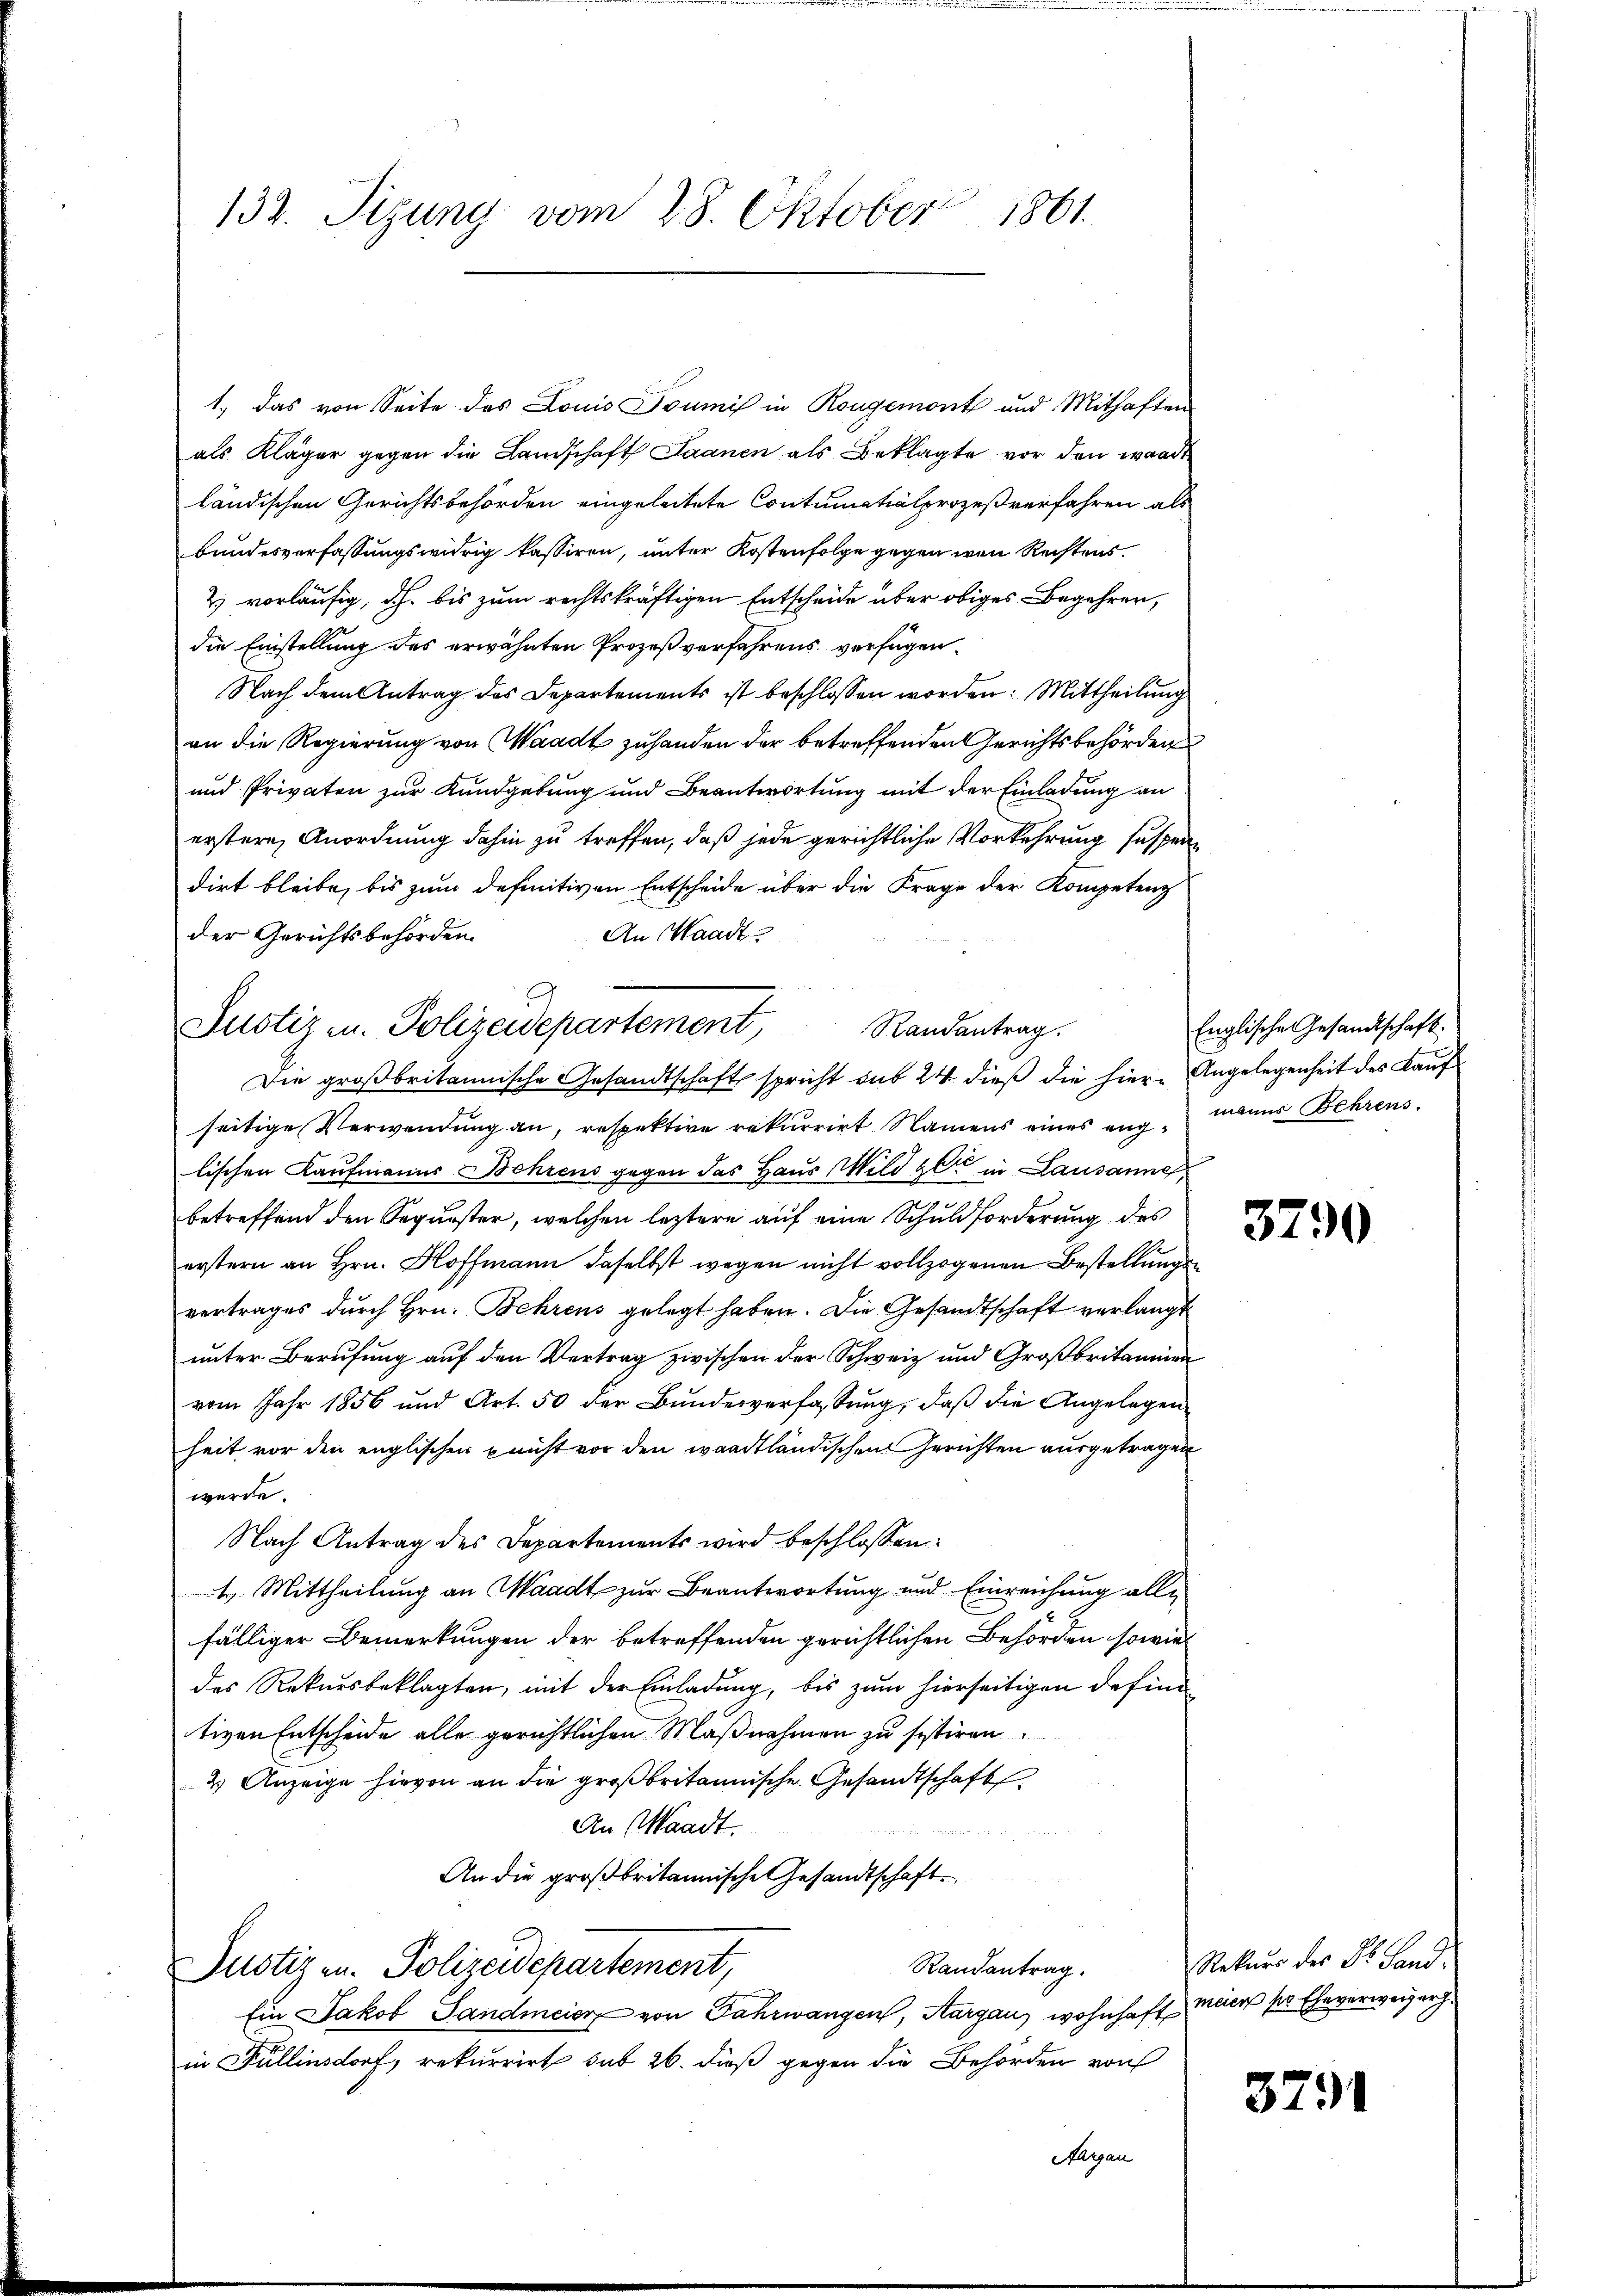
132. Sizung vom 28. Oktober 1861.

1.) Das von Seite des Louis Boumis in Rougemont und Mithaften
als Kläger gegen die Landschaft Saanen als Beklagte vor den waadt
ländischen Gerichtsbehörden eingeleitete Contumatialprozeßverfahren als
bundesverfassungswidrig kassiren, unter Kostenfolge gegen wenn Rechtens
2) vorläufig, dh. bis zum rechtskräftigen Entscheide über obiges Begehren,
die Einstellung des erwähnten Prozeßverfahrens verfügen¬
Nach dem Antrag des Departements ist beschlossen worden: Mittheilung
an die Regierung von Waadt zuhanden der betreffenden Gerichtsbehörden
und Privaten zur Kundgebung und Beantwortung mit der Einladung an
erstere Anordnung dahin zu treffen, daß jede gerichtliche Vorkehrung suspendirt bleibe, bis zum definitiven Entscheide über die Frage der Kompetenz
An Waadt
der Gerichtsbehörden.
Die großbritannische Gesandtschaft spricht sub 24 dieß die hier Angelegenheit des Kauf
seitige Verwendung an, respektive rekurrirt Namens eines enge manns Behrens.
lischen Kaufmanns Behrens gegen das Haus Wild gen in Lausanne,
betreffend den Sequester, welchen leztere auf eine Schuldforderung des
erstern an Hrn. Hoffmann daselbst wegen nicht vollzogenen Bestellungen
vertrages durch Hrn. Behrens gelegt haben. Die Gesandtschaft verlangt
unter Berufung auf den Vertrag zwischen der Schweiz und Großbritanien
vom Jahr 1856 und Art. 50 der Bŭndesverfassŭng, daβ die Angelegen
heit vor den englischen nicht vor den waadtländischen Gerichten ausgetragen
werde.
Nach Antrag des Departements wird beschlossen:
1. Mittheilung an Waadt zur Beantwortung und Einreichung alle
fälliger Bemerkungen der betreffenden gerichtlichen Behörden sowiel
des Rekursbeklagten, mit der Einladung, bis zum hierseitigen defini
tiven Entscheide alle gerichtlichen Maßnahmen zu sistiren.
2 Anzeige hievon an die großbritannische Gesandtschaft
An Waadt.
An die großbritannische Gesandtschaft
Randantrag.
Justizen. Polizeidepartement,
Ein Jakob Sandmeier von Fahrwangen, Aargau, wohnhaft Meier pr Eheverweiger.
in Fullinsdorf, rekurrirt sub 26. dieß gegen die Behörden von

.
Justiz u. Polizeidepartement, Randantrag.

Englische Gesandtschaft.

3790

Rektur der Sr. Hand.

3791